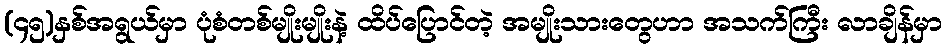
(၄၅)နှစ်အရွယ်မှာ ပုံစံတစ်မျိုးမျိုးနဲ့ ထိပ်ပြောင်တဲ့ အမျိုးသားတွေဟာ အသက်ကြီး လာချိန်မှာ